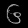
Digit: ၆